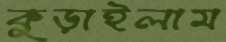
কুড়াইলাম